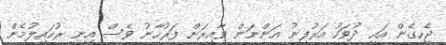
ޖެހިގެން އައި ދުވަހު އަރުފީނު އަންނަން ވާއިރަށް ފަރުހާނު ވެސް އިނީ ރުހައިލުމެން